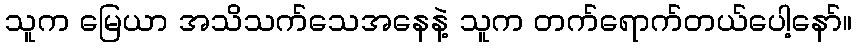
သူက မြေယာ အသိသက်သေအနေနဲ့ သူက တက်ရောက်တယ်ပေါ့နော်။